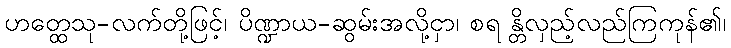
ဟတ္ထေသု-လက်တို့ဖြင့်၊ ပိဏ္ဍာယ-ဆွမ်းအလို့ငှာ၊ စရ န္တိလှည့်လည်ကြကုန်၏၊